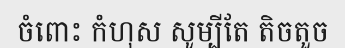
ចំពោះ កំហុស សូម្បីតែ តិចតួច